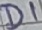
Text: D1